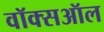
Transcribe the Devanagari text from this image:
वॉक्सऑल